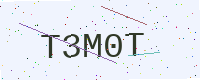
Text: T3M0T